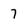
Character: 7